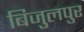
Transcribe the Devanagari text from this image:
बिजुलपुर